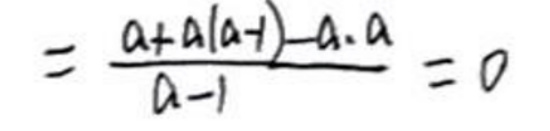
$= \frac{a + a(a - 1)}{a - 1}-a\cdot a = 0$